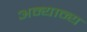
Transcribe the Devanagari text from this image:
अन्‍यान्‍य